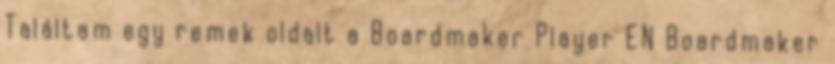
Találtam egy remek oldalt a Boardmaker Player EN Boardmaker